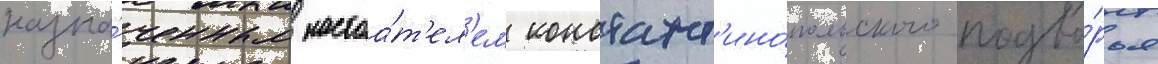
назна́ченным настоа́т'ел'ем констант'ино́польского подво́рья